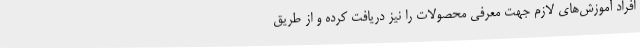
افراد آموزش‌های لازم جهت معرفی محصولات را نیز دریافت کرده و از طریق